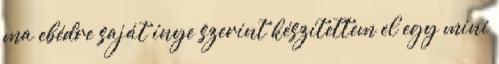
ma ebédre saját ínye szerint készítettem el egy mini